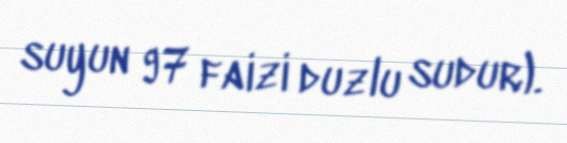
suyun 97 faizi duzlu sudur).